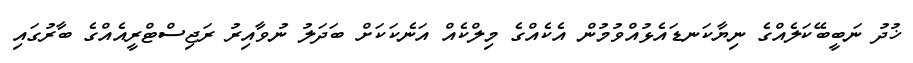
ޚުދު ނަބީބޭކަލެއްގެ ނިޔާކަނޑައެޅުއްވުމުން އެކެއްގެ މިލްކެއް އަނެކަކަށް ބަދަލު ނުވާއިރު ރަޖިސްޓްރީއެއްގެ ބާރުގައި